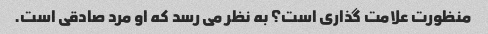
منظورت علامت گذاری است؟ به نظر می رسد که او مرد صادقی است.